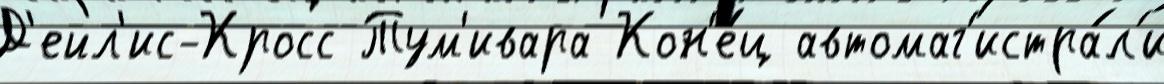
Д'ейл'ис-Кросс Тум'ивара Кон'е́ц автомаг'истра́л'и